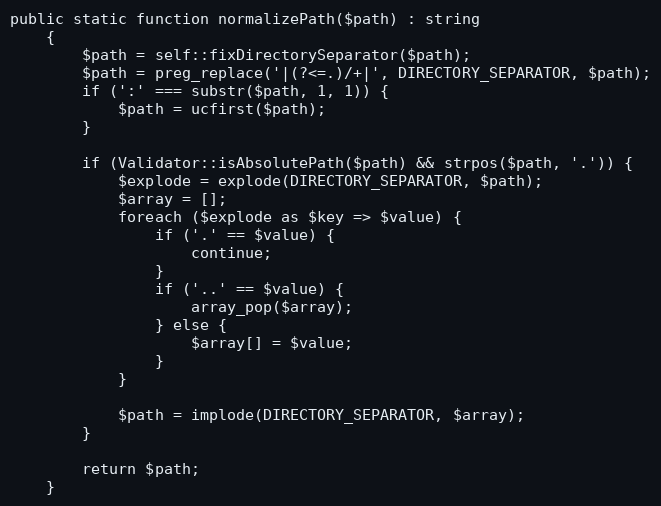
Language: PHP
public static function normalizePath($path) : string
    {
        $path = self::fixDirectorySeparator($path);
        $path = preg_replace('|(?<=.)/+|', DIRECTORY_SEPARATOR, $path);
        if (':' === substr($path, 1, 1)) {
            $path = ucfirst($path);
        }

        if (Validator::isAbsolutePath($path) && strpos($path, '.')) {
            $explode = explode(DIRECTORY_SEPARATOR, $path);
            $array = [];
            foreach ($explode as $key => $value) {
                if ('.' == $value) {
                    continue;
                }
                if ('..' == $value) {
                    array_pop($array);
                } else {
                    $array[] = $value;
                }
            }

            $path = implode(DIRECTORY_SEPARATOR, $array);
        }

        return $path;
    }